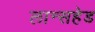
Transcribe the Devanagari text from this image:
लान्सहेड